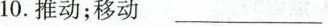
10.推动；移动 ___